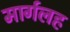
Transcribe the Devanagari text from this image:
मार्गलह